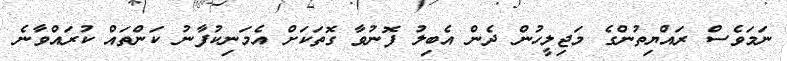
ނަމަވެސް ރައްޔިތުންގެ މަޖިލީހުން ދެން އެބިލު ފޮނުވާ ގޮތަކަށް އެމަނިކުފާނު ކަންތައް ކުރައްވާނެ